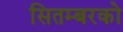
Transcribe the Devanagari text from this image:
सितम्बरको